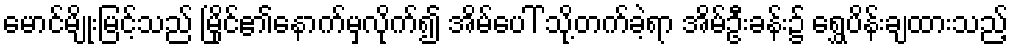
မောင်မျိုးမြင့်သည် မြိုင်၏နောက်မှလိုက်၍ အိမ်ပေါ် သို့တက်ခဲ့ရာ အိမ်ဦးခန်း၌ ရွှေပိန်းချထားသည့်